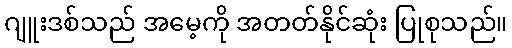
ဂျူးဒစ်သည် အမေ့ကို အတတ်နိုင်ဆုံး ပြုစုသည်။